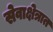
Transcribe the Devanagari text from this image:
सेवाक्षेत्रात